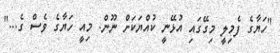
"ހަޔާގެ ފެމިލީ މިގޭގައި އުޅޭނީ ކުއްޔަކަށް ނޫން. މިއީ ހަޔާގެ ވެސް ގެ..."